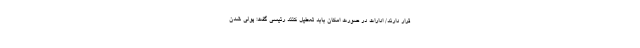
قرار دارند/ ادارات در صورت امکان بابد تعطیل کنند رئیسی گفت: پولی شدن